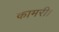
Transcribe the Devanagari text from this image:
कामरी।